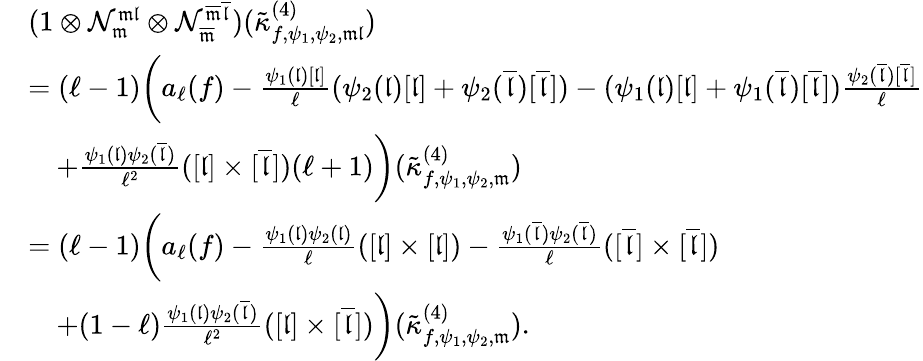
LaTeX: \begin{array}{rl}&{(1\otimes\mathcal{N}_{\mathfrak{m}}^{\mathfrak{ml}}\otimes\mathcal{N}_{\overline{{\mathfrak{m}}}}^{\overline{{\mathfrak{m}}}\overline{{\mathfrak{l}}}})(\tilde{\kappa}_{f,\psi_{1},\psi_{2},\mathfrak{m}\mathfrak{l}}^{(4)})}\\ &{=(\ell-1)\bigg(a_{\ell}(f)-\frac{\psi_{1}(\mathfrak{l})[\mathfrak{l}]}{\ell}(\psi_{2}(\mathfrak{l})[\mathfrak{l}]+\psi_{2}(\overline{{\mathfrak{l}}})[\overline{{\mathfrak{l}}}])-(\psi_{1}(\mathfrak{l})[\mathfrak{l}]+\psi_{1}(\overline{{\mathfrak{l}}})[\overline{{\mathfrak{l}}}])\frac{\psi_{2}(\overline{{\mathfrak{l}}})[\overline{{\mathfrak{l}}}]}{\ell}}\\ &{\quad+\frac{\psi_{1}(\mathfrak{l})\psi_{2}(\overline{{\mathfrak{l}}})}{\ell^{2}}([\mathfrak{l}]\times[\overline{{\mathfrak{l}}}])(\ell+1)\bigg)(\tilde{\kappa}_{f,\psi_{1},\psi_{2},\mathfrak{m}}^{(4)})}\\ &{=(\ell-1)\bigg(a_{\ell}(f)-\frac{\psi_{1}(\mathfrak{l})\psi_{2}(\mathfrak{l})}{\ell}([\mathfrak{l}]\times[\mathfrak{l}])-\frac{\psi_{1}(\overline{{\mathfrak{l}}})\psi_{2}(\overline{{\mathfrak{l}}})}{\ell}([\overline{{\mathfrak{l}}}]\times[\overline{{\mathfrak{l}}}])}\\ &{\quad+(1-\ell)\frac{\psi_{1}(\mathfrak{l})\psi_{2}(\overline{{\mathfrak{l}}})}{\ell^{2}}([\mathfrak{l}]\times[\overline{{\mathfrak{l}}}])\bigg)(\tilde{\kappa}_{f,\psi_{1},\psi_{2},\mathfrak{m}}^{(4)}).}\end{array}